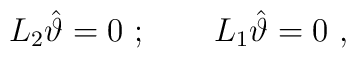
L_2 \hat \vartheta  =0\ ;\qquad L_1\hat\vartheta  =0   \ ,